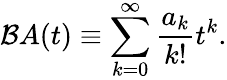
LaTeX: \mathcal{B}A(t)\equiv\sum_{k=0}^{\infty}\frac{a_{k}}{k!}t^{k}.